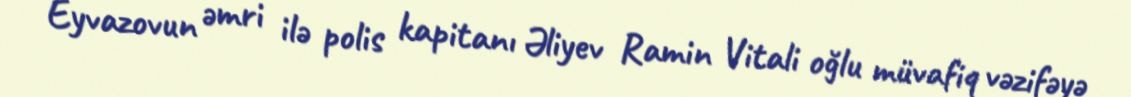
Eyvazovun əmri ilə polis kapitanı Əliyev Ramin Vitali oğlu müvafiq vəzifəyə